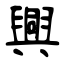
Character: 興